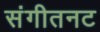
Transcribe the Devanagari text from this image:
संगीतनट